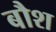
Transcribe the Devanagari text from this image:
बौश